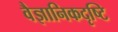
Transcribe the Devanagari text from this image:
वैज्ञानिकदृष्टि